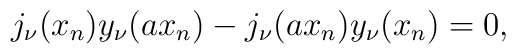
j_\nu (x_n) y_\nu (a x_n) - j_\nu (a x_n) y_\nu (x_n)=0,